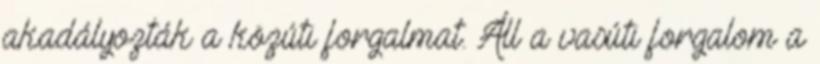
akadályozták a közúti forgalmat. Áll a vasúti forgalom a